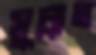
সুন্নাত